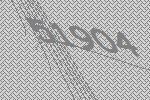
51904